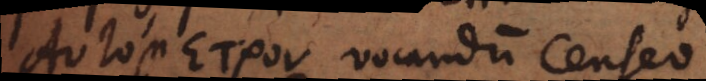
_ vocandum censeo